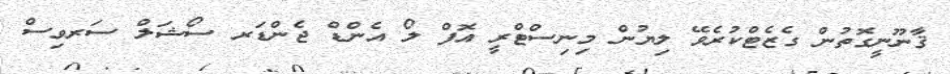
ޤާނޫނީގޮތުން ގެޒެޓްކުރެވޭ ލިޔުން މިނިސްޓްރީ އޮފް ލޯ އެންޑް ޖެންޑަރ ސޯޝަލް ސަރވިސް